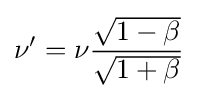
\nu '=\nu {\frac {\sqrt {1-\beta }}{\sqrt {1+\beta }}}